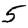
Digit: 5